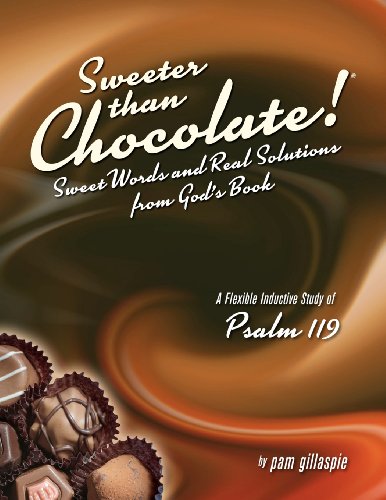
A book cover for Sweeter Than Chocolate! Sweet Words and Real Solutions from God's Book: An Inductive Study of Psalm 119; Pam Gillaspie; Christian Books & Bibles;